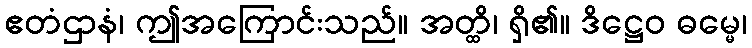
ဧတံဌာနံ၊ ဤအကြောင်းသည်။ အတ္ထိ၊ ရှိ၏။ ဒိဋ္ဌေဝ ဓမ္မေ၊